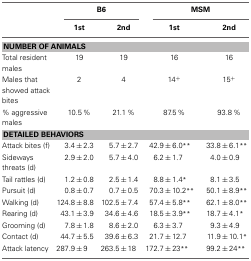
<table><thead><tr><td>[EMPTY_CELL]</td><td colspan="2"><b>B6</b></td><td colspan="2"><b>MSM</b></td></tr><tr><td>[EMPTY_CELL]</td><td><b>1st</b></td><td><b>2nd</b></td><td><b>1st</b></td><td><b>2nd</b></td></tr></thead><tbody><tr><td colspan="5"><b>NUMBER OF ANIMALS</b></td></tr><tr><td>Total resident males</td><td>19</td><td>19</td><td>16</td><td>16</td></tr><tr><td>Males that showed attack bites</td><td>2</td><td>4</td><td>14<sup>+</sup></td><td>15<sup>+</sup></td></tr><tr><td>% aggressive males</td><td>10.5 %</td><td>21.1 %</td><td>87.5 %</td><td>93.8 %</td></tr><tr><td colspan="5"><b>DETAILED BEHAVIORS</b></td></tr><tr><td>Attack bites (f)</td><td>3.4 ± 2.3</td><td>5.7 ± 2.7</td><td>42.9 ± 6.0<sup>**</sup></td><td>33.8 ± 6.1<sup>**</sup></td></tr><tr><td>Sideways threats (d)</td><td>2.9 ± 2.0</td><td>5.7 ± 4.0</td><td>6.2 ± 1.7</td><td>4.0 ± 0.9</td></tr><tr><td>Tail rattles (d)</td><td>1.2 ± 0.8</td><td>2.5 ± 1.4</td><td>8.8 ± 1.4<sup>*</sup></td><td>8.1 ± 3.5</td></tr><tr><td>Pursuit (d)</td><td>0.8 ± 0.7</td><td>0.7 ± 0.5</td><td>70.3 ± 10.2<sup>**</sup></td><td>50.1 ± 8.9<sup>**</sup></td></tr><tr><td>Walking (d)</td><td>124.8 ± 8.8</td><td>102.5 ± 7.4</td><td>57.4 ± 5.8<sup>**</sup></td><td>62.1 ± 8.0<sup>**</sup></td></tr><tr><td>Rearing (d)</td><td>43.1 ± 3.9</td><td>34.6 ± 4.6</td><td>18.5 ± 3.9<sup>**</sup></td><td>18.7 ± 4.1<sup>*</sup></td></tr><tr><td>Grooming (d)</td><td>7.8 ± 1.8</td><td>8.6 ± 2.0</td><td>6.3 ± 3.7</td><td>9.3 ± 4.9</td></tr><tr><td>Contact (d)</td><td>44.7 ± 5.5</td><td>39.6 ± 6.3</td><td>21.7 ± 12.7</td><td>11.9 ± 10.1<sup>*</sup></td></tr><tr><td>Attack latency</td><td>287.9 ± 9</td><td>263.5 ± 18</td><td>172.7 ± 23<sup>**</sup></td><td>99.2 ± 24<sup>**</sup></td></tr></tbody></table>